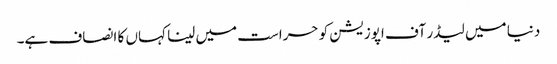
دنیا میں لیڈر آف اپوزیشن کو حراست میں لینا کہاں کا انصاف ہے۔